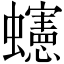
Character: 䘆